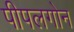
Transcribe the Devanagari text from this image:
पीपलगोन